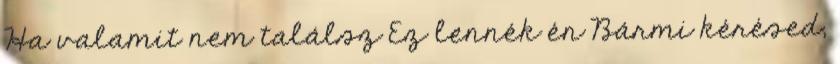
Ha valamit nem találsz Ez lennék én Bármi kérésed,